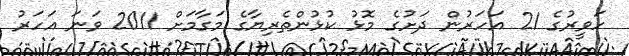
ހަވީރުގެ 21 އަހަރުން ދަށުގެ މޮޅު ކުުޅުންތެރިޔާގެ މަގާމަށް 2011 ވަނަ އަހަރު